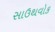
સાઉથવોક